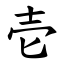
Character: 壱